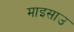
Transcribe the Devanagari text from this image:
माइसाउ